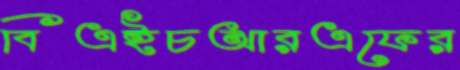
বিএইচআরএফের